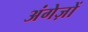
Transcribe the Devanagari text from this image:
अंगेज़ों